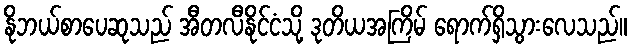
နိုဘယ်စာပေဆုသည် အီတလီနိုင်ငံသို့ ဒုတိယအကြိမ် ရောက်ရှိသွားလေသည်။